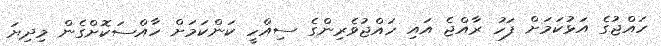
ހައްޖުގެ އަޅުކަމަށް ފަހު ރާއްޖެ އައި ހައްޖުވެރިންގެ ސިއްހީ ކަންކަމަށް ހާއްސަކޮށްގެން މިދިޔަ